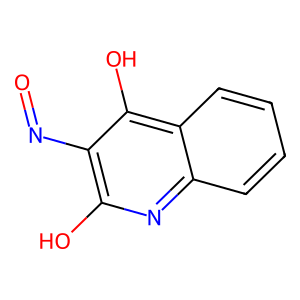
SMILES: O=Nc1c(O)nc2ccccc2c1O
Inhibits HIV replication: No